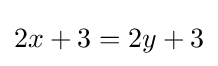
2x+3=2y+3